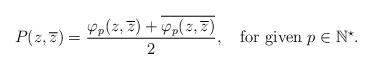
LaTeX: \begin{align*}P(z,\overline{z})=\frac{\varphi_{p}(z,\overline{z})+\overline{\varphi_{p}(z,\overline{z})}}{2},\quad\mbox{for given $p\in\mathbb{N}^{\star}$.}\end{align*}